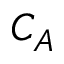
C _ { A }